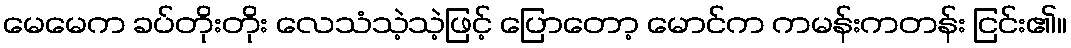
မေမေက ခပ်တိုးတိုး လေသံသဲ့သဲ့ဖြင့် ပြောတော့ မောင်က ကမန်းကတန်း ငြင်း၏။